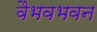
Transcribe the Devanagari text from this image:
वैभवभवन